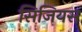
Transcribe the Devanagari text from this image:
सिजियस